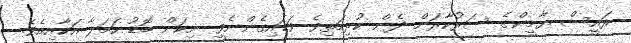
ރައީސް ޔާމީންގެ ސަރުކާރަށް ދެން ކުރިމަތިވެ ވަޑައިގެންނެވީ ނިކަން ބޮޑު ހަމަލާ އަކާއިއެވެ.